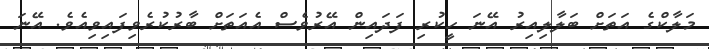
މަލާކްގެ އަތަށް ބަލާލިއިރު އޭނަ ހީކުރި ފަދައިން އޭރުވެސް އެއަތަށް ބާރުކުރެވިފައިވިއެވެ. އޭނަ